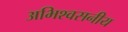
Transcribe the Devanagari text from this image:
अभिश्वसनीय